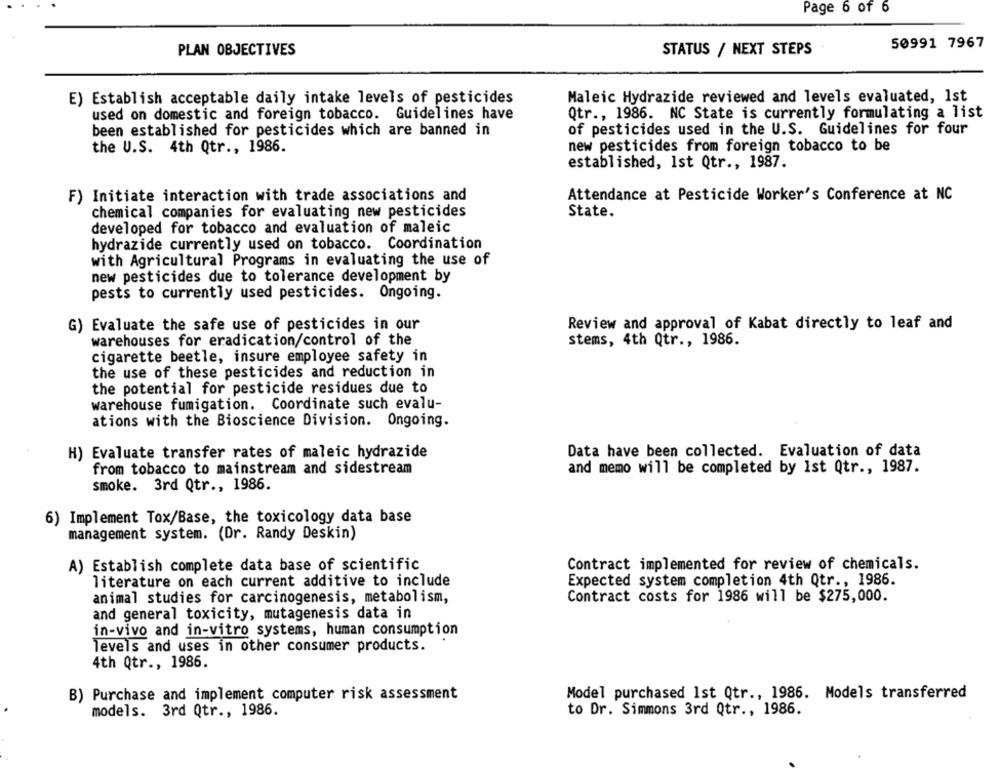
Page 6 of 6
50991 7967
PLAN OBJECTIVES
STATUS / NEXT STEPS
E) Establish acceptable daily intake levels of pesticides
Maleic Hydrazide reviewed and levels evaluated, 1st
used on domestic and foreign tobacco. Guidelines have
Qtr ., 1986. NC State is currently formulating a list
been established for pesticides which are banned in
of pesticides used in the U.S. Guidelines for four
new pesticides from foreign tobacco to be
the U.S. 4th Qtr ., 1986.
established, Ist Qtr ., 1987.
F) Initiate interaction with trade associations and
Attendance at Pesticide Worker's Conference at NC
chemical companies for evaluating new pesticides
State.
developed for tobacco and evaluation of maleic
hydrazide currently used on tobacco. Coordination
with Agricultural Programs in evaluating the use of
new pesticides due to tolerance development by
pests to currently used pesticides. Ongoing.
G) Evaluate the safe use of pesticides in our
Review and approval of Kabat directly to leaf and
warehouses for eradication/control of the
stems, 4th Qtr ., 1986.
cigarette beetle, insure employee safety in
the use of these pesticides and reduction in
the potential for pesticide residues due to
warehouse fumigation. Coordinate such evalu-
ations with the Bioscience Division. Ongoing.
H) Evaluate transfer rates of maleic hydrazide
Data have been collected. Evaluation of data
from tobacco to mainstream and sidestream
and memo will be completed by Ist Qtr ., 1987.
smoke. 3rd Qtr ., 1986.
6) Implement Tox/Base, the toxicology data base
management system. (Dr. Randy Deskin)
A) Establish complete data base of scientific
Contract implemented for review of chemicals.
literature on each current additive to include
Expected system completion 4th Qtr ., 1986.
animal studies for carcinogenesis, metabolism,
Contract costs for 1986 will be $275,000.
and general toxicity, mutagenesis data in
in-vivo and in-vitro systems, human consumption
levels and uses in other consumer products.
4th Qtr ., 1986.
B) Purchase and implement computer risk assessment
Model purchased 1st Qtr ., 1986. Models transferred
models. 3rd Qtr ., 1986.
to Dr. Simmons 3rd Qtr ., 1986.